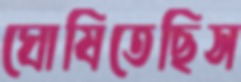
ঘোষিতেছিস